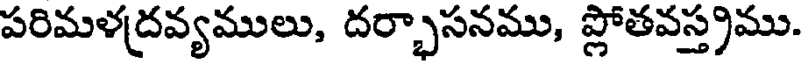
పరిమళద్రవ్యములు, దర్భాసనము, ప్లోతవస్త్రము.